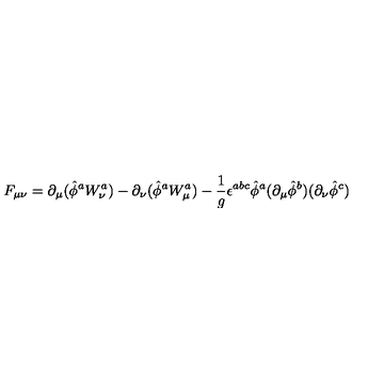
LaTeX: F _ { \mu \nu } = \partial _ { \mu } ( \hat { \phi } ^ { a } W _ { \nu } ^ { a } ) - \partial _ { \nu } ( \hat { \phi } ^ { a } W _ { \mu } ^ { a } ) - { \frac { 1 } { g } } \epsilon ^ { a b c } \hat { \phi } ^ { a } ( \partial _ { \mu } \hat { \phi } ^ { b } ) ( \partial _ { \nu } \hat { \phi } ^ { c } )